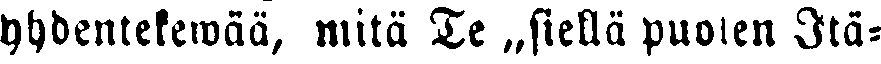
yhdentekewää, mitä Te „siellä puolen Itä-